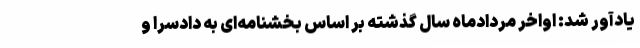
یادآور شد: اواخر مردادماه سال گذشته بر اساس بخشنامه‌ای به دادسرا و